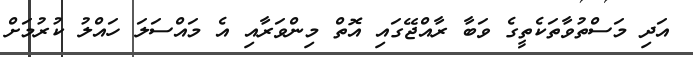
އަދި މަސްތުވާތަކެތީގެ ވަބާ ރާއްޖޭގައި އޮތް މިންވަރާއި އެ މައްސަލަ ހައްލު ކުރުމަށް